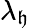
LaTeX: \lambda_{\mathfrak{h}}